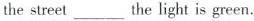
the street___the light is green.